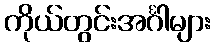
ကိုယ်တွင်းအင်္ဂါများ